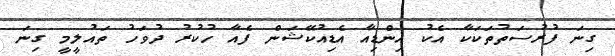
ގިނަ ފުރުސަތުތަކަކާ އެކު އިންޑިއާ އެޑިއުކޭޝަން ފެއާ ހުކުރު ދުވަހު ތައުލީމީ ގިނަ